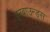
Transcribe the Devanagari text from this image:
इनबाउन्ड्स